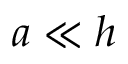
a \ll h